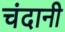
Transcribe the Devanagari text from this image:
चंदानी